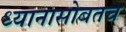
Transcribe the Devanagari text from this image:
ध्यानासोबतच